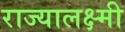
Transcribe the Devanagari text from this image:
राज्यालक्ष्मी